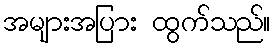
အများအပြား ထွက်သည်။